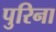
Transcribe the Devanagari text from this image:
पुरिना